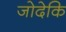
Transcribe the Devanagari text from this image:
जोदेकि